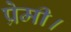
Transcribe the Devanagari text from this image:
प्रेमी।